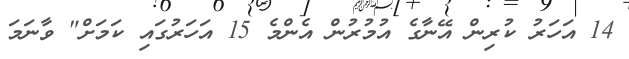
14 އަހަރު ކުރިން އޭނާގެ އުމުރުން އެންމެ 15 އަހަރުގައި ކަމަށް" ވާނަމަ